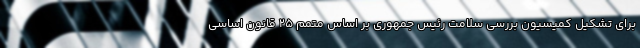
برای تشکیل کمیسیون بررسی سلامت رئیس جمهوری بر اساس متمم ۲۵ قانون اساسی